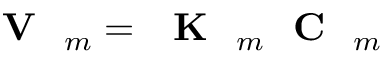
\textrm { \textbf { V } } _ { m } = \textrm { \textbf { K } } _ { m } \textrm { \textbf { C } } _ { m }